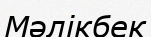
Мәлікбек